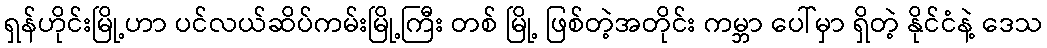
ရှန်ဟိုင်းမြို့ဟာ ပင်လယ်ဆိပ်ကမ်းမြို့ကြီး တစ် မြို့ ဖြစ်တဲ့အတိုင်း ကမ္ဘာ ပေါ်မှာ ရှိတဲ့ နိုင်ငံနဲ့ ဒေသ